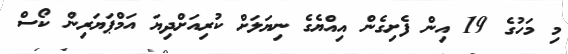
މި މަހުގެ 19 އިން ފެށިގެން އިއްޔެގެ ނިޔަލަށް ކުރިއަށްދިޔަ އަމްޕަޔަރިން ކޯސް